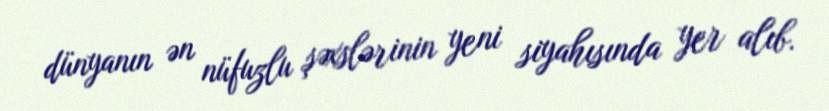
dünyanın ən nüfuzlu şəxslərinin yeni siyahısında yer alıb.